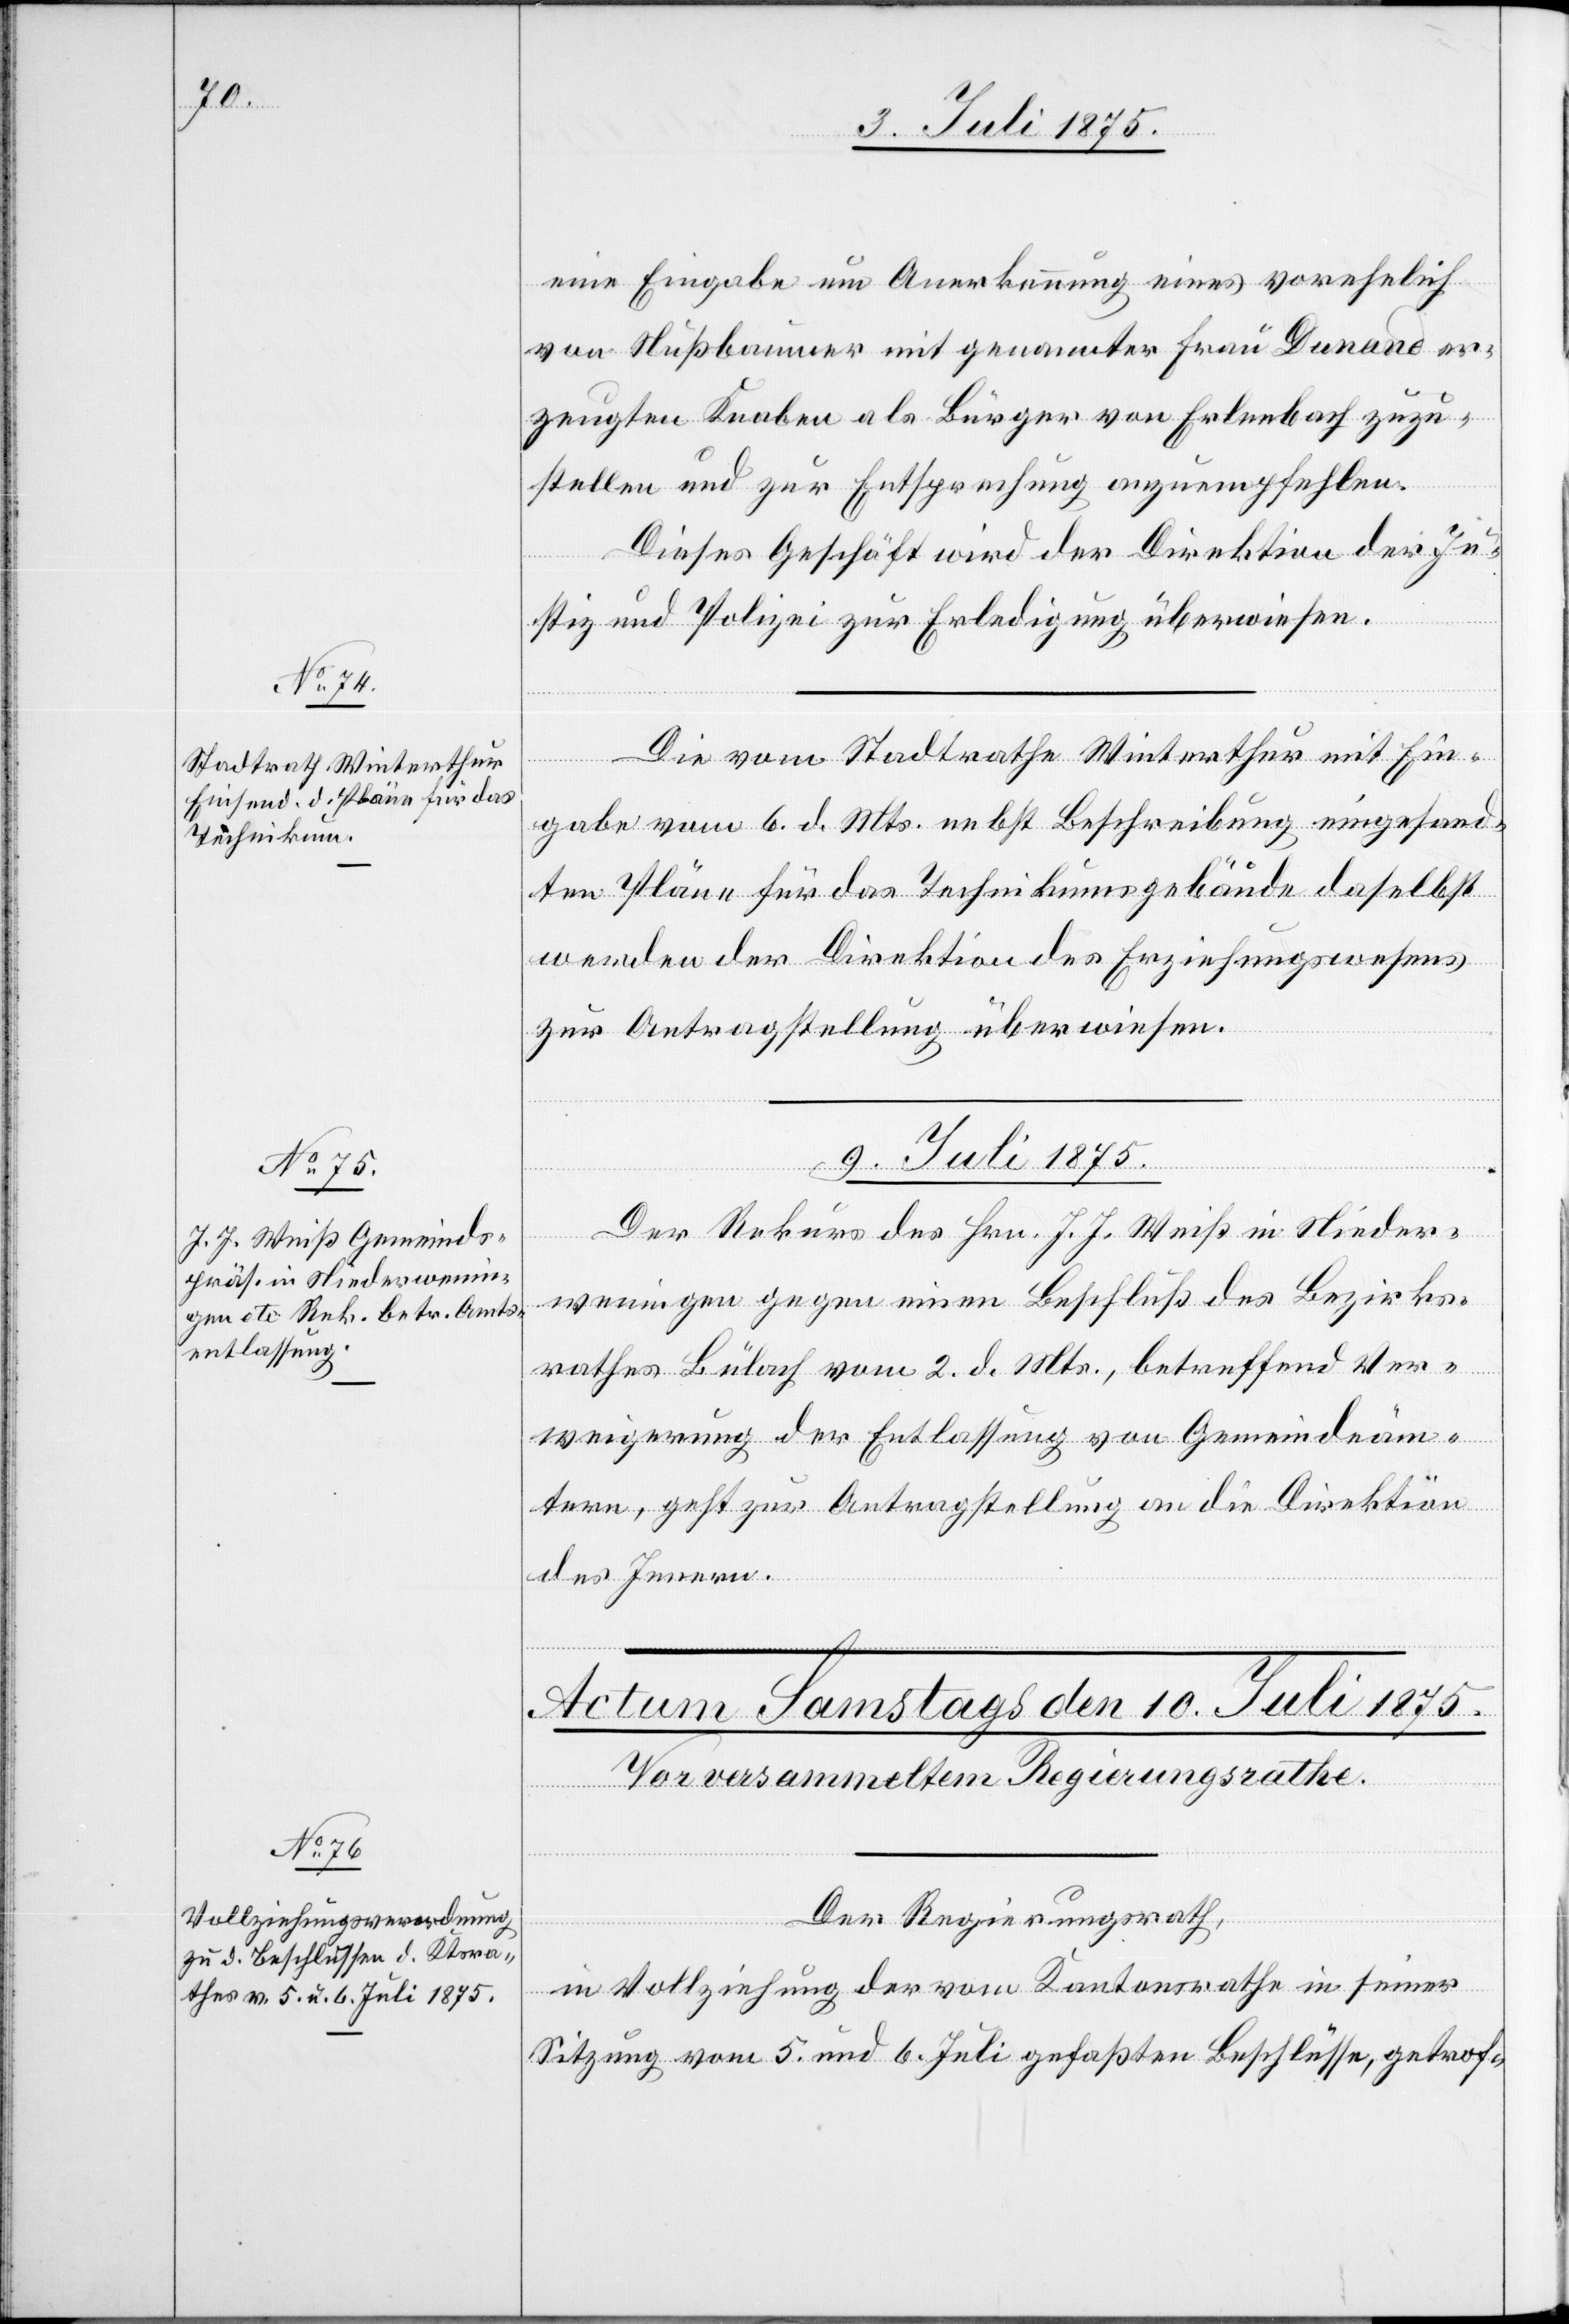
eine Eingabe um Anerkennung eines vorehelich
von Nußbaumer mit genannter Frau Dunand er¬
zeugten Knaben als Bürger von Erlenbach zuzu¬
stellen und zur Entsprechung anzuempfehlen.
Dieses Geschäft wird der Direktion der Ju¬
stiz und Polizei zur Erledigung überwiesen.
Die vom Stadtrathe Winterthur mit Ein¬
gabe vom 6. d. Mts. nebst Beschreibung eingesand¬
ten Pläne für das Technikumsgebäude daselbst
werden der Direktion des Erziehungswesens
zur Antragstellung überwiesen.
9. Juli 1875.
Der Rekurs des Hrn. J. J. Weiß in Nieder¬
weningen gegen einen Beschluß des Bezirks¬
rathes Bülach vom 2. d. Mts., betreffend Ver¬
weigerung der Entlassung von Gemeindeäm¬
tern, geht zur Antragstellung an die Direktion
des Innern.
Der Regierungsrath,
in Vollziehung der vom Kantonsrathe in seiner
Sitzung vom 5. und 6. Juli gefaßten Beschlüssen, getrof-